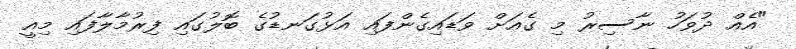
"އެއް ދުވަހު ނާސިރު މި ގެއަށް ވަޑައިގެންފައި އަޅުގަނޑުގެ ބޮލުގައި ފިރުމާލާފައި މިއީ